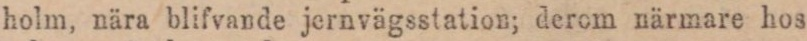
holm, nära blifvande jernvägsstation; derom närmare hos